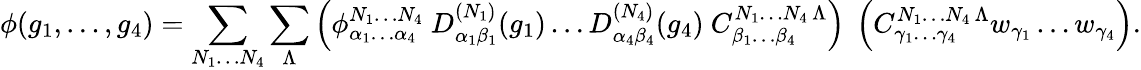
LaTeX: \phi(g_{1},\ldots,g_{4})=\sum_{N_{1}\ldots N_{4}}\sum_{\Lambda}\left(\phi_{\alpha_{1}\ldots\alpha_{4}}^{N_{1}\ldots N_{4}}\ D_{\alpha_{1}\beta_{1}}^{(N_{1})}(g_{1})\ldots D_{\alpha_{4}\beta_{4}}^{(N_{4})}(g_{4})\ C_{\beta_{1}\ldots\beta_{4}}^{N_{1}\ldots N_{4}\, \Lambda}\right)\ \left({C}_{\gamma_{1}\ldots\gamma_{4}}^{N_{1}\ldots N_{4}\, \Lambda}w_{\gamma_{1}}\ldots w_{\gamma_{4}}\right).